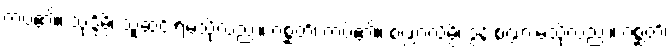
ကပ်၏။ သုဒ္ဒိမ္ပိ၊ သူဆင်းရဲမသို့လည်း။ ဂစ္ဆတိ၊ ကပ်၏။ စဏ္ဍာလိမ္ပိ၊ ဒွန်းစဏ္ဍားမသို့လည်း။ ဂစ္ဆတိ၊